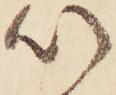
心